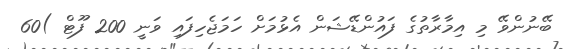
ބޭނުންވޭ މި އިމާރާތުގެ ފައުންޑޭޝަން އެޅުމަށް ހަމަޖެހިފައި ވަނީ 200 ފޫޓް )60